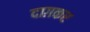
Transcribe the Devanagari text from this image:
दाग़कर